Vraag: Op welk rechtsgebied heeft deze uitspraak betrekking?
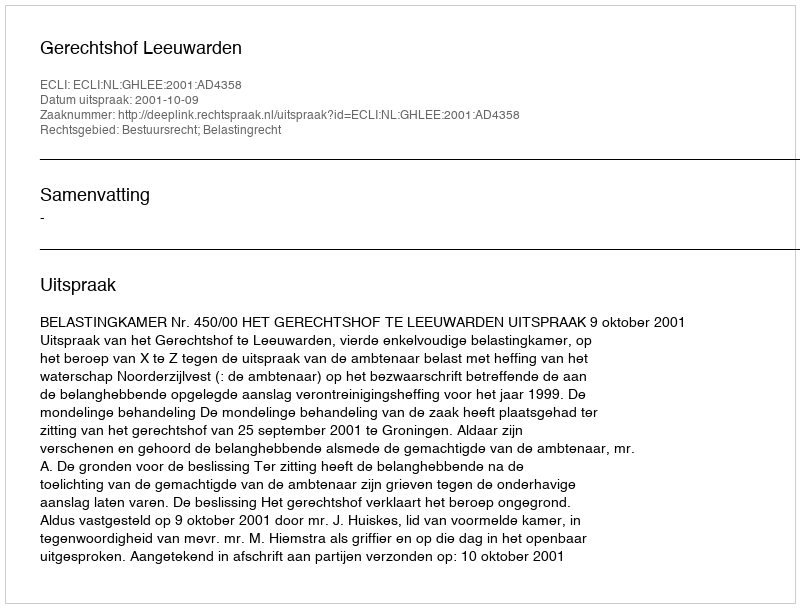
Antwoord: Bestuursrecht; Belastingrecht